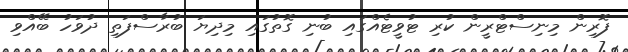
ފޮރިން މިނިސްޓްރީން ކުރި ޓުވީޓެއްގައި ބުނި ގޮތުގައި މިދިޔަ ބުރާސްފަތި ދުވަހު ބޭއްވި